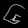
Digit: ၆